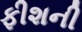
ફીશની